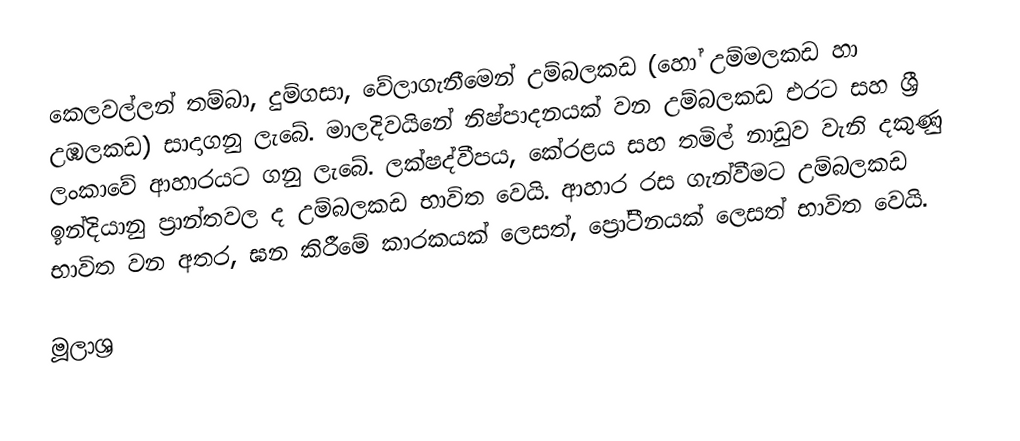
කෙලවල්ලන් තම්බා, දුම්ගසා, වේලාගැනීමෙන් උම්බලකඩ (හෝ උම්මලකඩ හා උඹලකඩ) සාදාගනු ලැබේ. මාලදිවයිනේ නිෂ්පාදනයක් වන උම්බලකඩ එරට සහ ශ්‍රී ලංකාවේ ආහාරයට ගනු ලැබේ. ලක්ෂද්වීපය, කේරළය සහ තමිල් නාඩුව වැනි දකුණු ඉන්දියානු ප්‍රාන්තවල ද උම්බලකඩ භාවිත වෙයි. ආහාර රස ගැන්වීමට උම්බලකඩ භාවිත වන අතර, ඝන කිරීමේ කාරකයක් ලෙසත්, ප්‍රෝටීනයක් ලෙසත් භාවිත වෙයි.

මූලාශ්‍ර